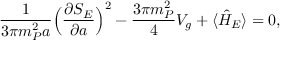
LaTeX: \frac { 1 } { 3 \pi m _ { P } ^ { 2 } a } \Bigl ( \frac { \partial S _ { E } } { \partial a } \Bigr ) ^ { 2 } - \frac { 3 \pi m _ { P } ^ { 2 } } { 4 } V _ { g } + \langle \hat { H } _ { E } \rangle = 0 ,